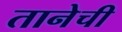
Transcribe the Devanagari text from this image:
तानेची